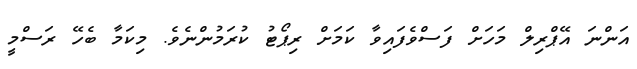
އަންނަ އޭޕްރިލް މަހަށް ފަސްވެފައިވާ ކަމަށް ރިޕޯޓު ކުރަމުންނެވެ. މިކަމާ ބެހޭ ރަސްމީ